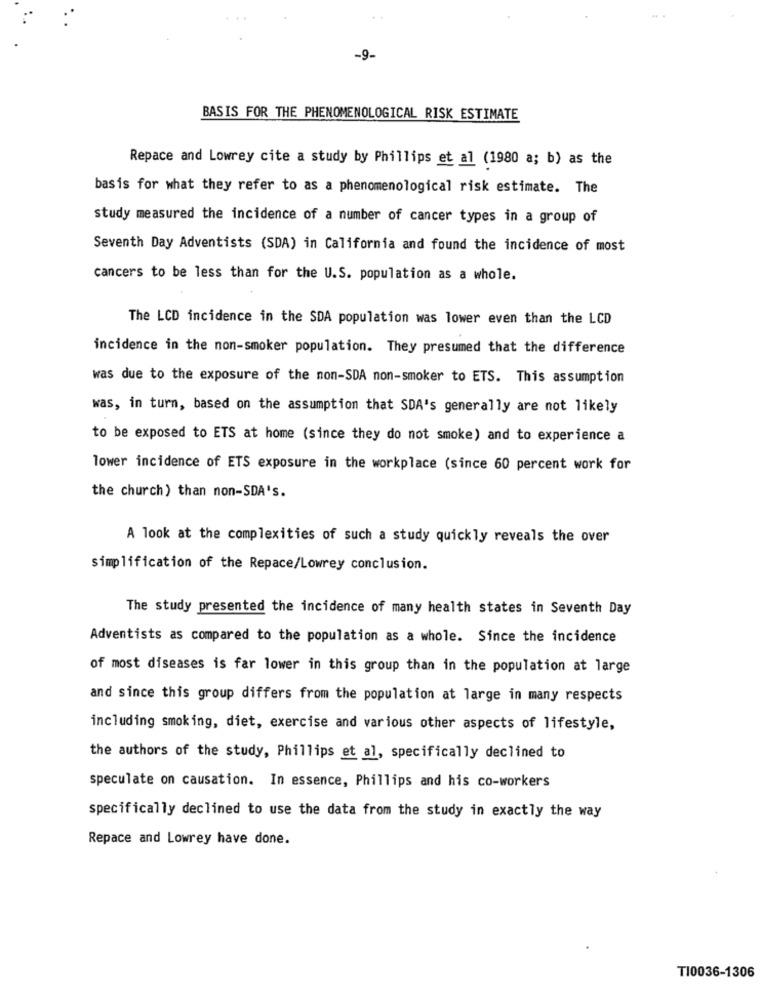
-9-
BASIS FOR THE PHENOMENOLOGICAL RISK ESTIMATE
Repace and Lowrey cite a study by Phillips et al (1980 a; b) as the
basis for what they refer to as a phenomenological risk estimate. The
study measured the incidence of a number of cancer types in a group of
Seventh Day Adventists (SDA) in California and found the incidence of most
cancers to be less than for the U.S. population as a whole.
The LCD incidence in the SDA population was lower even than the LCD
incidence in the non-smoker population. They presumed that the difference
was due to the exposure of the non-SDA non-smoker to ETS. This assumption
was, in turn, based on the assumption that SDA's generally are not likely
to be exposed to ETS at home (since they do not smoke) and to experience a
lower incidence of ETS exposure in the workplace (since 60 percent work for
the church) than non-SDA's.
A look at the complexities of such a study quickly reveals the over
simplification of the Repace/Lowrey conclusion.
The study presented the incidence of many health states in Seventh Day
Adventists as compared to the population as a whole. Since the incidence
of most diseases is far lower in this group than in the population at large
and since this group differs from the population at large in many respects
including smoking, diet, exercise and various other aspects of lifestyle,
the authors of the study, Phillips et al, specifically declined to
speculate on causation. In essence, Phillips and his co-workers
specifically declined to use the data from the study in exactly the way
Repace and Lowrey have done.
TI0036-1306